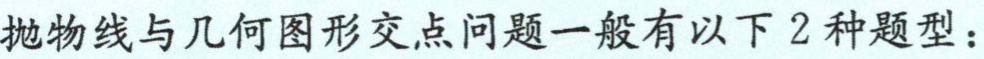
抛物线与几何图形交点问题一般有以下 2 种题型：